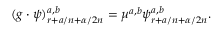
( g \cdot \psi ) _ { r + a / n + \alpha / 2 n } ^ { a , b } = \mu ^ { a , b } \psi _ { r + a / n + \alpha / 2 n } ^ { a , b } .